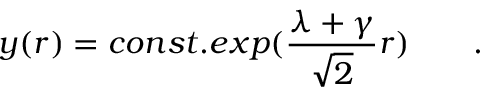
y ( r ) = c o n s t . e x p ( { \frac { \lambda + \gamma } { \sqrt 2 } } r ) \qquad .